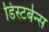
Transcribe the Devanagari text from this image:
डिस्टर्बन्स